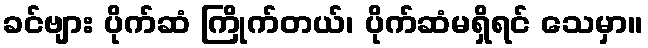
ခင်ဗျား ပိုက်ဆံ ကြိုက်တယ်၊ ပိုက်ဆံမရှိရင် သေမှာ။